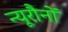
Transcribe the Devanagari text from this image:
न्यूरौनों